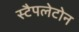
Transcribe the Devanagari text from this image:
स्टैपलेटोन